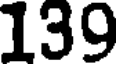
139